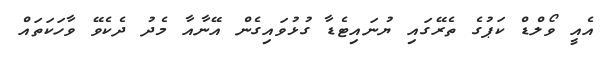
އެއީ ވޯލްޑް ކަޕުގެ ތެރޭގައި ޔުނަައިޓެޑާ ގުޅުވައިގެން އޭނާއާ މެދު ދެކެވޭ ވާހަކަތައް